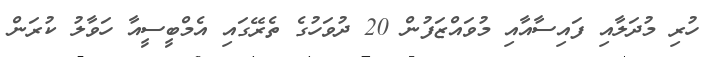
ހުރި މުދަލާއި ފައިސާއާއި މުވައްޒަފުން 20 ދުވަހުގެ ތެރޭގައި އެމްބީސީއާ ހަވާލު ކުރަން